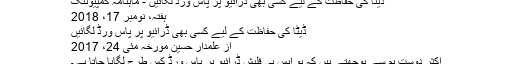
ڈیٹا کی حفاظت کے لیے کسی بھی ڈرائیو پر پاس ورڈ لگائیں - ماہنامہ کمپیوٹنگ
ہفتہ، نومبر 17، 2018
ڈیٹا کی حفاظت کے لیے کسی بھی ڈرائیو پر پاس ورڈ لگائیں
از علمدار حسین مورخہ مئی 24، 2017
اکثر دوست ہم سے پوچھتے ہیں کہ یو ایس بی فلیش ڈرائیو پر پاس ورڈ کس طرح لگایا جاتا ہے۔